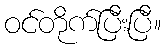
ဝင်တိုက်ပြီးပြီ။